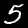
Label: 5